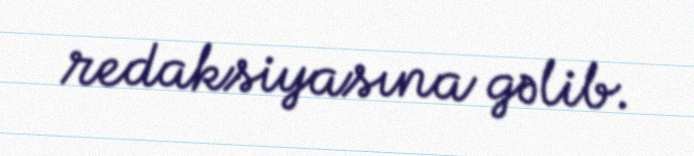
redaksiyasına gəlib.